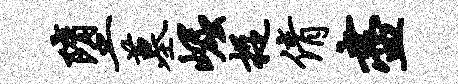
堕墓崛捉倩尽